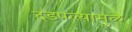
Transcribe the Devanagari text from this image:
दडपल्यामुळे